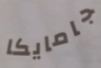
جامايكا